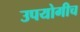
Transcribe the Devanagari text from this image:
उपयोगीच